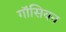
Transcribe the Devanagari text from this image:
गॉसियन